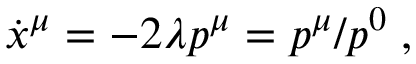
\dot { x } ^ { \mu } = - 2 \lambda p ^ { \mu } = p ^ { \mu } / p ^ { 0 } \; ,